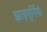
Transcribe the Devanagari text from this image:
झाड़मुर्गियाँ